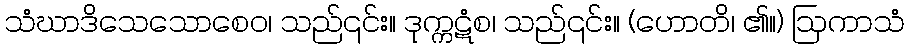
သံဃာဒိသေသောစေဝ၊ သည်၎င်း။ ဒုက္ကဋံစ၊ သည်၎င်း။ (ဟောတိ၊ ၏။) ဩကာသံ